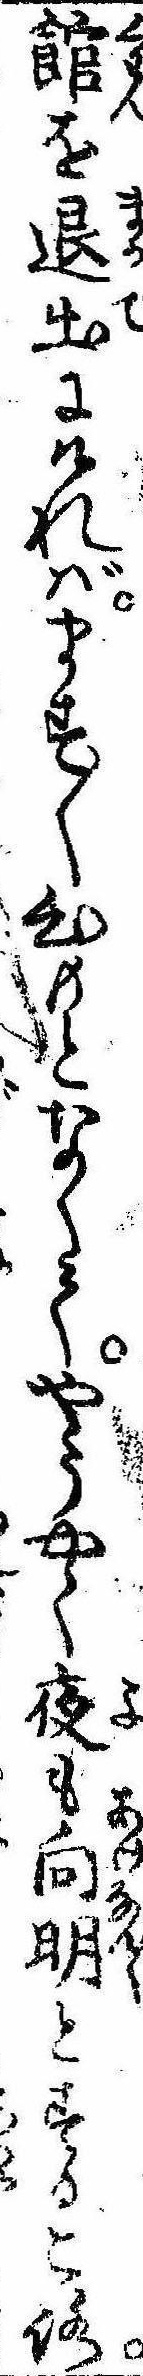
館を退出にければます〱心もとなくてやうやく夜も向明とするころ